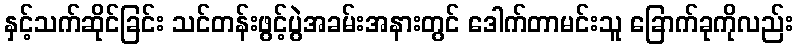
နှင့်သက်ဆိုင်ခြင်း သင်တန်းဖွင့်ပွဲအခမ်းအနားတွင် ဒေါက်တာမင်းသူ ခြောက်ခုကိုလည်း